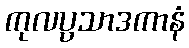
ကုလပ္ပသာဒကာနံ